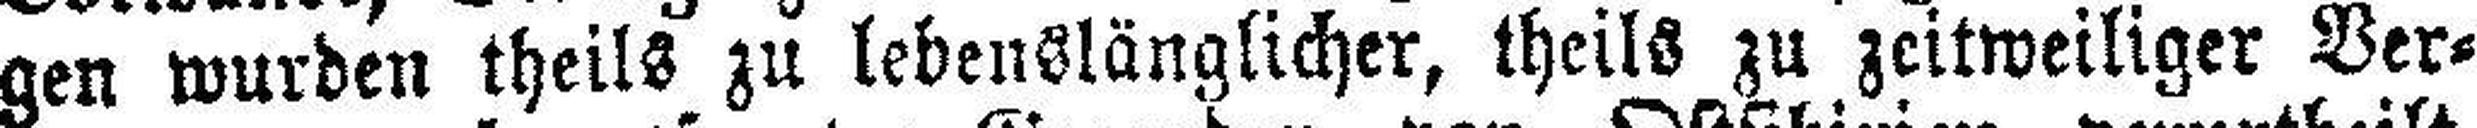
gen wurden theils zu lebenslänglicher, theils zu zeitweiliger Ver¬